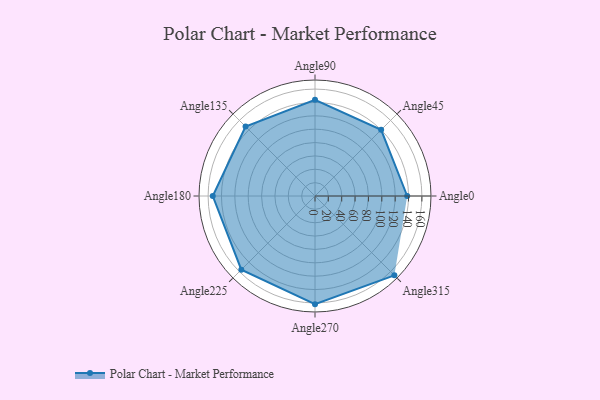
{"axis": {"x": "Angle", "y": "Radius"}, "legend": [""], "data": [{"x": "Angle0", "y": 138.0, "type": ""}, {"x": "Angle45", "y": 140.0, "type": ""}, {"x": "Angle90", "y": 144.0, "type": ""}, {"x": "Angle135", "y": 147.0, "type": ""}, {"x": "Angle180", "y": 153.0, "type": ""}, {"x": "Angle225", "y": 156.0, "type": ""}, {"x": "Angle270", "y": 162.0, "type": ""}, {"x": "Angle315", "y": 168.0, "type": ""}]}